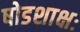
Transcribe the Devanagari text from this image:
षोडशाक्षः